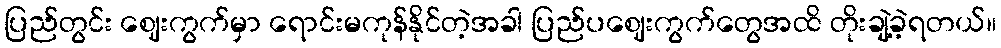
ပြည်တွင်း ဈေးကွက်မှာ ရောင်းမကုန်နိုင်တဲ့အခါ ပြည်ပဈေးကွက်တွေအထိ တိုးချဲ့ခဲ့ရတယ်။